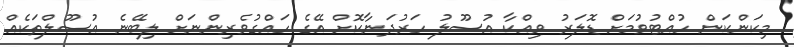
މިކަންކަން ހުއްޓުވުމަށް ޑޮލަރު ވިއްކާ އުސޫލު ހަރުދަނާކޮށް އޭގެ ހައްގުވެރިންނަށް ލިބޭނެ އުސޫލްތަކެއް